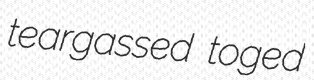
teargassed toged